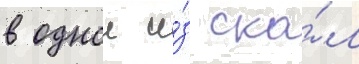
в однои и́з ска́л